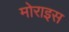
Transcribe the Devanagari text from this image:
मोराइस